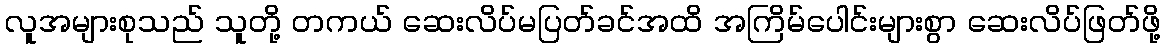
လူအများစုသည် သူတို့ တကယ် ဆေးလိပ်မပြတ်ခင်အထိ အကြိမ်ပေါင်းများစွာ ဆေးလိပ်ဖြတ်ဖို့